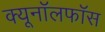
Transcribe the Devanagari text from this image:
क्यूनॉलफॉस